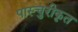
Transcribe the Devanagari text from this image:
पास्चुरीकृत